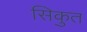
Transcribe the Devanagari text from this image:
सिकुत